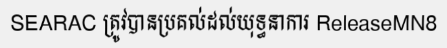
SEARAC ត្រូវបានប្រគល់ដល់យុទ្ធនាការ ReleaseMN8